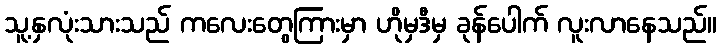
သူ့နှလုံးသားသည် ကလေးတွေကြားမှာ ဟိုမှဒီမှ ခုန်ပေါက် လူးလာနေသည်။